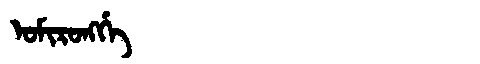
Manchu: ᠣᠮᡳᡵᠣᠩᡤᡝ
Romanization: OMIRONGGE